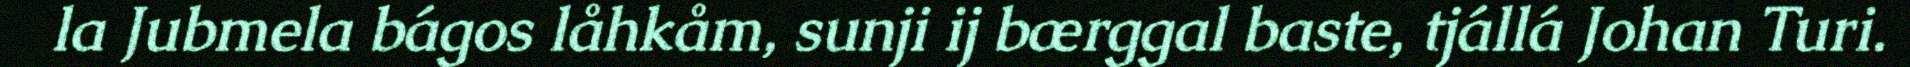
la Jubmela bágos låhkåm, sunji ij bærggal baste, tjállá Johan Turi.